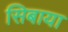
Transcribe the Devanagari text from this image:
सिबाया